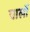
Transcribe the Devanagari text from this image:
पार्लो